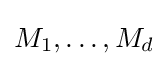
M_{1},\ldots ,M_{d}